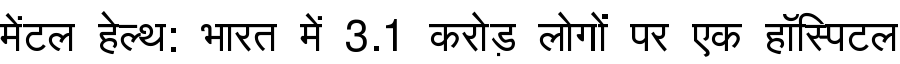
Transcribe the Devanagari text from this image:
मेंटल हेल्थ: भारत में 3.1 करोड़ लोगों पर एक हॉस्पिटल